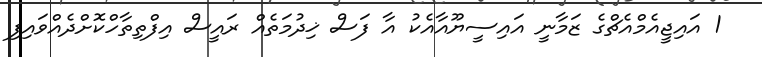
1 އައިޖީއެމްއެޗްގެ ޒަމާނީ އައިސީޔޫއާއެކު އާ ފަސް ޚިދުމަތެއް ރައީސް އިފްތިތާހްކޮށްދެއްވައިފި